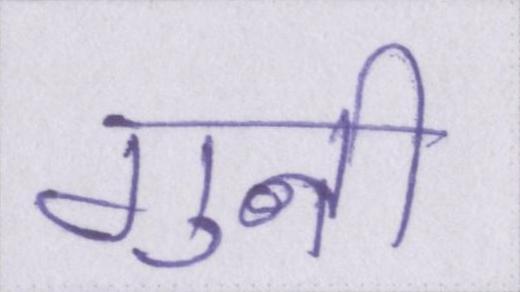
गुनी